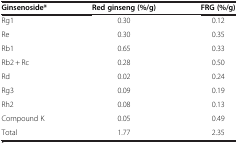
<table><thead><tr><td><b>Ginsenoside*</b></td><td><b>Red ginseng (%/g)</b></td><td><b>FRG (%/g)</b></td></tr></thead><tbody><tr><td>Rg1</td><td>0.30</td><td>0.12</td></tr><tr><td>Re</td><td>0.30</td><td>0.35</td></tr><tr><td>Rb1</td><td>0.65</td><td>0.33</td></tr><tr><td>Rb2 + Rc</td><td>0.28</td><td>0.50</td></tr><tr><td>Rd</td><td>0.02</td><td>0.24</td></tr><tr><td>Rg3</td><td>0.09</td><td>0.19</td></tr><tr><td>Rh2</td><td>0.08</td><td>0.13</td></tr><tr><td>Compound K</td><td>0.05</td><td>0.49</td></tr><tr><td>Total</td><td>1.77</td><td>2.35</td></tr></tbody></table>